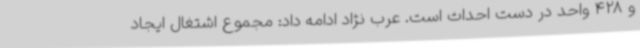
و 428 واحد در دست احداث است. عرب نژاد ادامه داد: مجموع اشتغال ایجاد